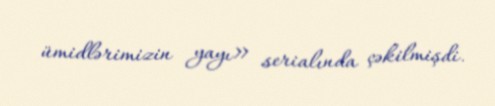
ümidlərimizin yayı» serialında çəkilmişdi.